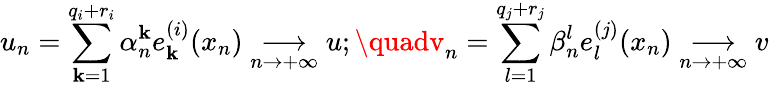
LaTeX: u_{n}=\displaystyle{\sum_{\mathbf{k}=1}^{q_{i}+r_{i}}\alpha_{n}^{\mathbf{k}}e_{\mathbf{k}}^{(i)}(x_{n})}\underset{n\to+\infty}{\longrightarrow}u;\quadv_{n}=\displaystyle{\sum_{l=1}^{q_{j}+r_{j}}\beta_{n}^{l}e_{l}^{(j)}(x_{n})}\underset{n\to+\infty}{\longrightarrow}v